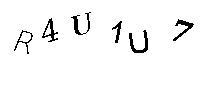
R4U1U7